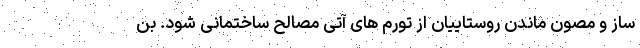
ساز و مصون ماندن روستاییان از تورم های آتی مصالح ساختمانی شود. بن